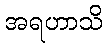
အရဟာသိ